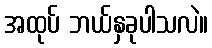
အထုပ် ဘယ်နှခုပါသလဲ။